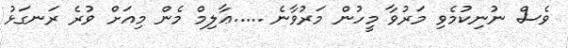
ވެސް ނުނިކުމެވި މަރުވާ މީހުން މަރުވާނެ .....ޢާލިމް މެން މިއަށް ވުރެ ރަނގަޅު